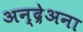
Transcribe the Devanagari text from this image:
अन्द्रेअना